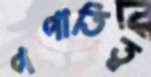
পপাতিত্ব